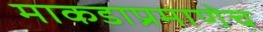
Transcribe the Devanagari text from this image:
माकडाप्रमाणेच